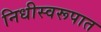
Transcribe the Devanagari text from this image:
निधीस्वरूपात